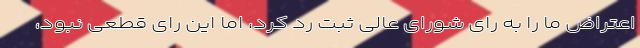
اعتراض ما را به رای شورای عالی ثبت رد کرد، اما این رای قطعی نبود،